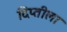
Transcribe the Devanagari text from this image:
दिप्तीला